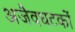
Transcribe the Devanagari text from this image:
अजैवघटकों